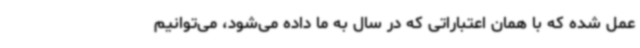
عمل شده که با همان اعتباراتی که در سال به ما داده می‌شود، می‌توانیم